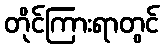
တိုင်ကြားရာတွင်